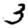
Digit: 3